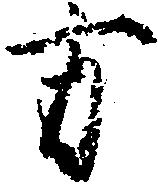
方